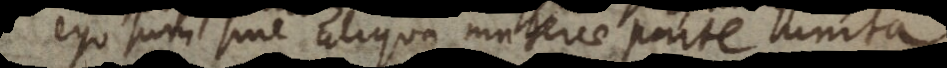
ego sum sine aliqua materiae parte unita